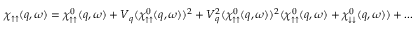
\chi _ { \uparrow \uparrow } ( q , \omega ) = \chi _ { \uparrow \uparrow } ^ { 0 } ( q , \omega ) + V _ { q } ( \chi _ { \uparrow \uparrow } ^ { 0 } ( q , \omega ) ) ^ { 2 } + V _ { q } ^ { 2 } ( \chi _ { \uparrow \uparrow } ^ { 0 } ( q , \omega ) ) ^ { 2 } ( \chi _ { \uparrow \uparrow } ^ { 0 } ( q , \omega ) + \chi _ { \downarrow \downarrow } ^ { 0 } ( q , \omega ) ) + . . .